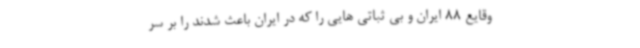
وقایع 88 ایران و بی ثباتی هایی را که در ایران باعث شدند را بر سر